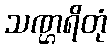
သဏ္ဌရိတုံ